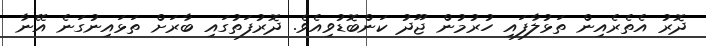
ދޮރު އެތެރެއިން ތަޅުލާފައި ހުރުމުން ޖޫދު ކަންބޮޑުވިއެވެ. ދޮރުފަތުގައި ބާރަށް ތަޅައިނުގަނެ އޭނާ